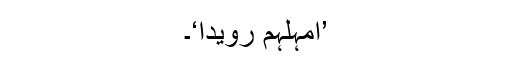
’اَمْہِلْہُمْ رُوَیْدًا‘۔